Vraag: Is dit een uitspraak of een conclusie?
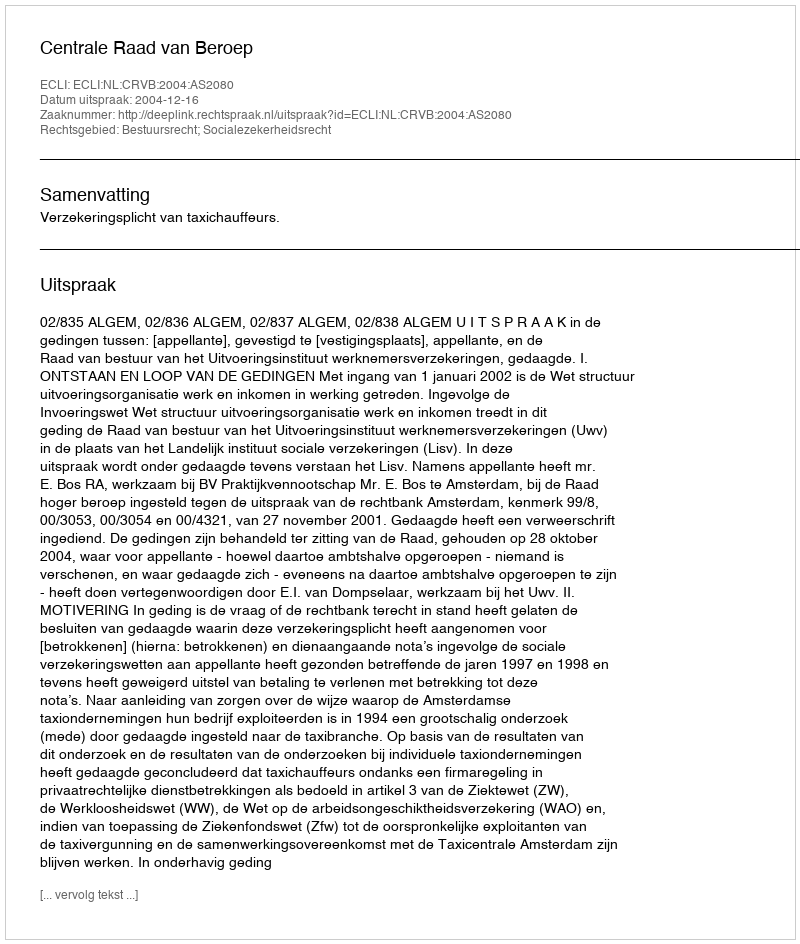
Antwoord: Uitspraak